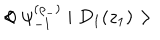
< \psi _ { - 1 } ^ { ( \rho _ { - } ) } \mid D _ { 1 } ( z _ { 1 } ) > \hspace { 0 . 5 c m } < \hspace { 0 . 5 c m } 0